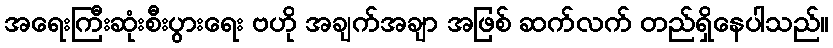
အရေးကြီးဆုံးစီးပွားရေး ဗဟို အချက်အချာ အဖြစ် ဆက်လက် တည်ရှိနေပါသည်။